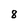
Character: 8